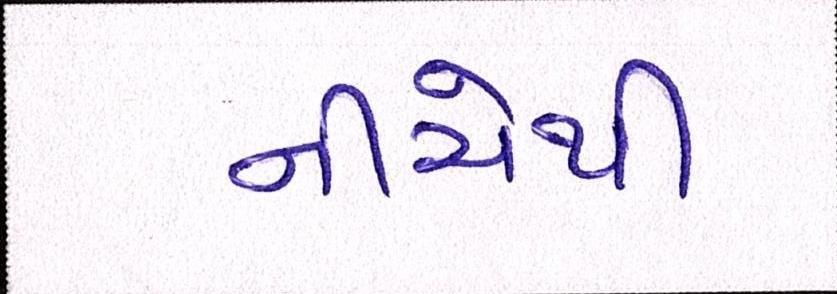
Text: નીચેથી